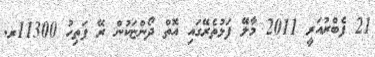
21 ފެބްރުއަރީ 2011 މާލޭ ފަޅުތެރޭގައި އޮތް ދޯންޏަކުން ރޭ ފަތިހު 11300ރ.